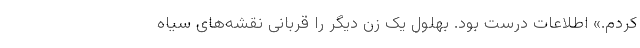
کردم.» اطلاعات درست بود. بهلول یک زن دیگر را قربانی نقشه‌های سیاه